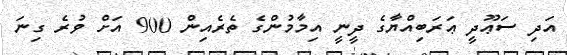
އަދި ސަޢޫދީ ޢަރަބިއްޔާގެ ދީނީ އިމާމުންގެ ތެރެއިން 900 އަށް ވުރެ ގިނަ